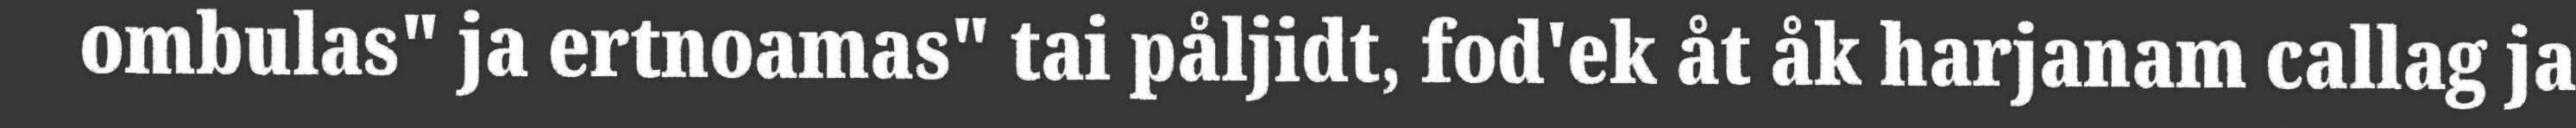
ombulas" ja ertnoamas" tai påljidt, fod'ek åt åk harjanam callag ja